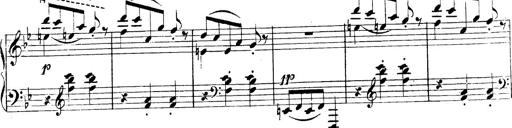
Title: 3 Caprices-Valses
Composer: Franz Liszt